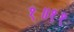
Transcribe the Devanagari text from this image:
१॥११